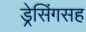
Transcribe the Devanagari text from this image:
ड्रेसिंगसह